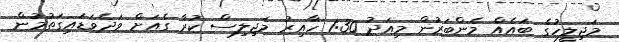
މަޖިލީހުގެ ބައެއް މެންބަރުން މިއަދު 1:30 ހާއިރު މަޖިލިސް ކުރާ ގެއަށް ވަދެވަޑައިގަތުމުން